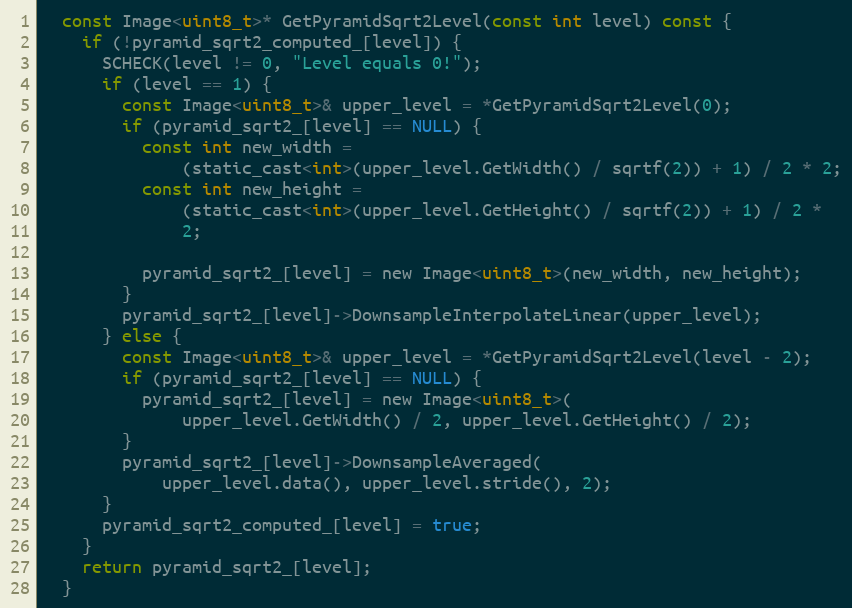
Language: C
  const Image<uint8_t>* GetPyramidSqrt2Level(const int level) const {
    if (!pyramid_sqrt2_computed_[level]) {
      SCHECK(level != 0, "Level equals 0!");
      if (level == 1) {
        const Image<uint8_t>& upper_level = *GetPyramidSqrt2Level(0);
        if (pyramid_sqrt2_[level] == NULL) {
          const int new_width =
              (static_cast<int>(upper_level.GetWidth() / sqrtf(2)) + 1) / 2 * 2;
          const int new_height =
              (static_cast<int>(upper_level.GetHeight() / sqrtf(2)) + 1) / 2 *
              2;

          pyramid_sqrt2_[level] = new Image<uint8_t>(new_width, new_height);
        }
        pyramid_sqrt2_[level]->DownsampleInterpolateLinear(upper_level);
      } else {
        const Image<uint8_t>& upper_level = *GetPyramidSqrt2Level(level - 2);
        if (pyramid_sqrt2_[level] == NULL) {
          pyramid_sqrt2_[level] = new Image<uint8_t>(
              upper_level.GetWidth() / 2, upper_level.GetHeight() / 2);
        }
        pyramid_sqrt2_[level]->DownsampleAveraged(
            upper_level.data(), upper_level.stride(), 2);
      }
      pyramid_sqrt2_computed_[level] = true;
    }
    return pyramid_sqrt2_[level];
  }